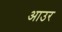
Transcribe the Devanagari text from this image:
आउर